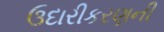
ઉદારીકરણની